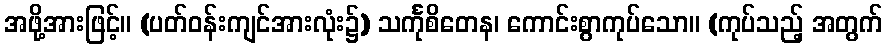
အဖို့အားဖြင့်။ (ပတ်ဝန်းကျင်အားလုံး၌) သင်္ကုစိတေန၊ ကောင်းစွာကုပ်သော။ (ကုပ်သည့် အတွက်